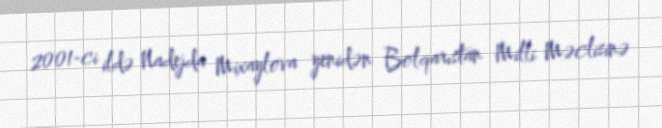
2001-ci ildə Nadejda Mixaylova yenidən Bolqarıstan Milli Məclisinə